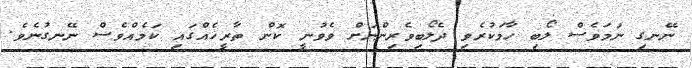
ނޭނގި ނަމަވެސް ލޯބި ހާމަކުރެވި ދެލޯބިވެރިންނަށް ވެވުނީ ކޮން ތާރީޚެއްގައި ކަމެއްވެސް ނޭނގުނެވެ.